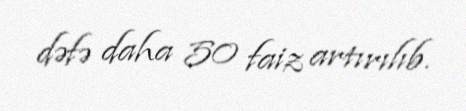
dəfə daha 50 faiz artırılıb.